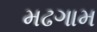
મઢગામ